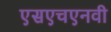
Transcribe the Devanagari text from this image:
एसएचएनवी